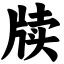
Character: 牍